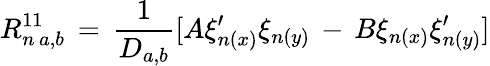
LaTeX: R_{n\, a,b}^{11}\, =\, \frac{1}{D_{a,b}}[A\xi_{n(x)}^{\prime}\xi_{n(y)}\, -\, B\xi_{n(x)}\xi_{n(y)}^{\prime}]